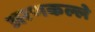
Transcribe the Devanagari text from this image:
अरणकल्ले